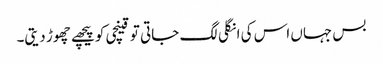
بس جہاں اس کی انگلی لگ جاتی تو قینچی کو پیچھے چھوڑ دیتی۔